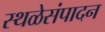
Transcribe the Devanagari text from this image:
स्थळेसंपादन